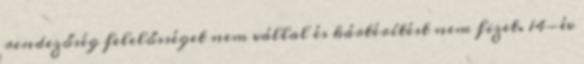
rendezőség felelősséget nem vállal és kártérítést nem fizet. 14-év